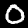
Digit: 0